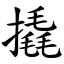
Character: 撬